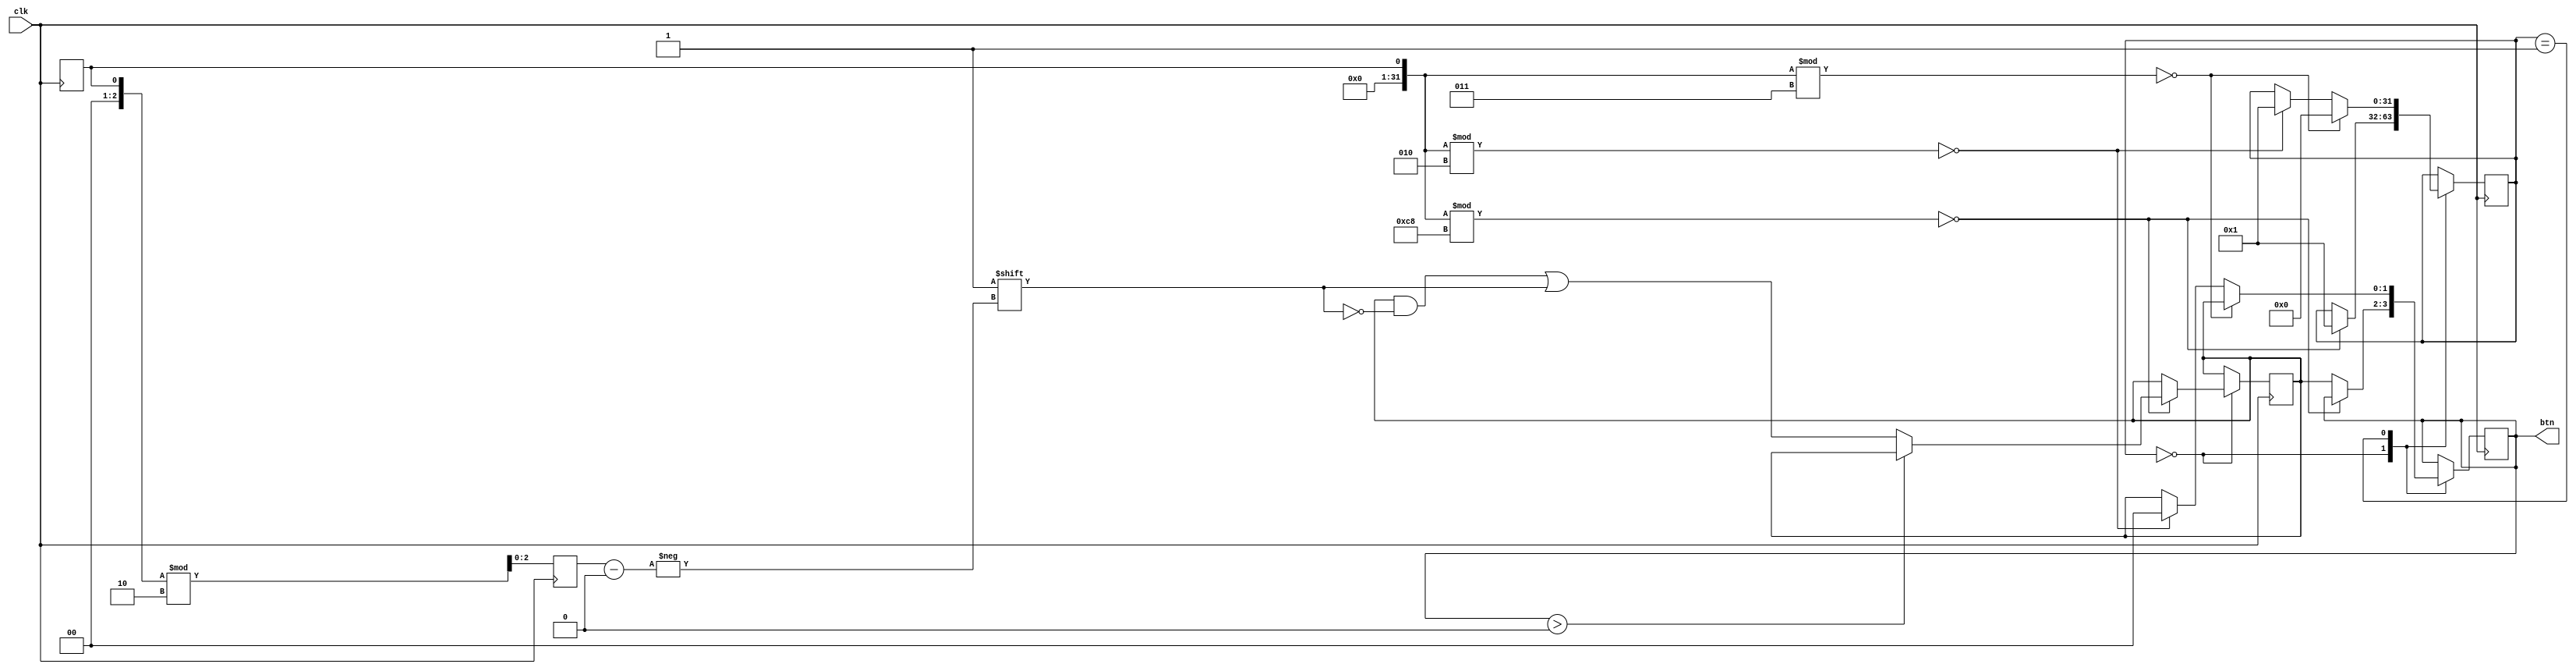
// More button emulator!!!
`timescale 1ns/1ps

// Ideas:
// 1: Have a "reset" or "lockout" -- if one button is pressed, prevent
//    another from being pressed.
// 2: Instead of looping through all the buttons, generate one random
//    value for the button we want to activate.

module multiButtonEmulator
  #(
    parameter pressPeriod  = 200,
    parameter bouncePeriod = 3,
    parameter numButtons = 2
    )
   (
    input 			clk,
    output reg [numButtons-1:0] btn
    );

   // Array syntax:
   integer 			randomValue;  
   reg [2:0] 			randomButton;  
   integer 			dynamicState;
 

   // Vector syntax:
   reg [numButtons-1:0] mechanicalState;
   
   localparam STABLE   = 0;
   localparam BOUNCING = 1;

   integer 		loopVar;

   
   initial begin
      for (loopVar=0; loopVar<numButtons; loopVar = loopVar+1) begin
	 btn[loopVar]             = 0;

	 mechanicalState[loopVar] = 0;
      

      end
      dynamicState    = STABLE;
      randomValue     = 0;
      randomButton    = 0;
      
   end


   reg [2:0] rval;
   initial rval = 0;
   
   always @(posedge clk) begin
//      for (loopVar=0; loopVar<numButtons; loopVar = loopVar+1) begin
	 randomValue <= $random;
         rval        <= $random;
      
	 randomButton <= rval % numButtons;
//      $strobe("  --%m checking the $random and modulo: random=%d and randomButton=%d",rval,randomButton);
      
	 case (dynamicState)
	   STABLE: begin
	      if ((randomValue % pressPeriod) == 0) begin
		 if (btn > 0) begin
		    // return btn to zero
		    mechanicalState = 0;		    
		 end
		 else begin
		    mechanicalState[randomButton] <= 1;
		 end
		 dynamicState    <= BOUNCING;
		 $display("\n\n  --%m: btn %0d changing button state from %b to %b",
			  randomButton, mechanicalState[randomButton],~mechanicalState[randomButton]);
	      end
	      else
		btn <= mechanicalState;
	   end
	   BOUNCING: begin
	      if ((randomValue % bouncePeriod) == 0) begin
		 btn          <= mechanicalState;
		 dynamicState <= STABLE;
	      end
	      else if ((randomValue % 2) == 0) begin
		 btn          <= 0; // btn is a vector!
		 dynamicState <= BOUNCING;	      
		 $display("  --%m: bounce occured");
	      end
	      else 
		btn <= mechanicalState;
	   end
	 endcase // case (buttonState)	  
//      end // for (loopVar=0; loopVar<numButtons; loopVar = loopVar+1)
   end // always @ (posedge clk)
   
endmodule // buttonEmulator